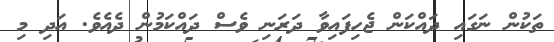
ތަކުން ނަގައި ދައްކަން ޖެހިފައިވާ ދަރަނި ވެސް ދައްކަމުން ދެއެވެ. އަދި މި